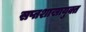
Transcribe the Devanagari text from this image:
सप्तशाखायुक्त